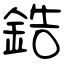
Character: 鋯